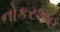
નોકરશાહ